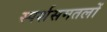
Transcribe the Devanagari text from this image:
स्पर्शसमतलों